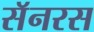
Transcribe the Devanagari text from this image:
सॅनरस